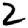
Digit: 2